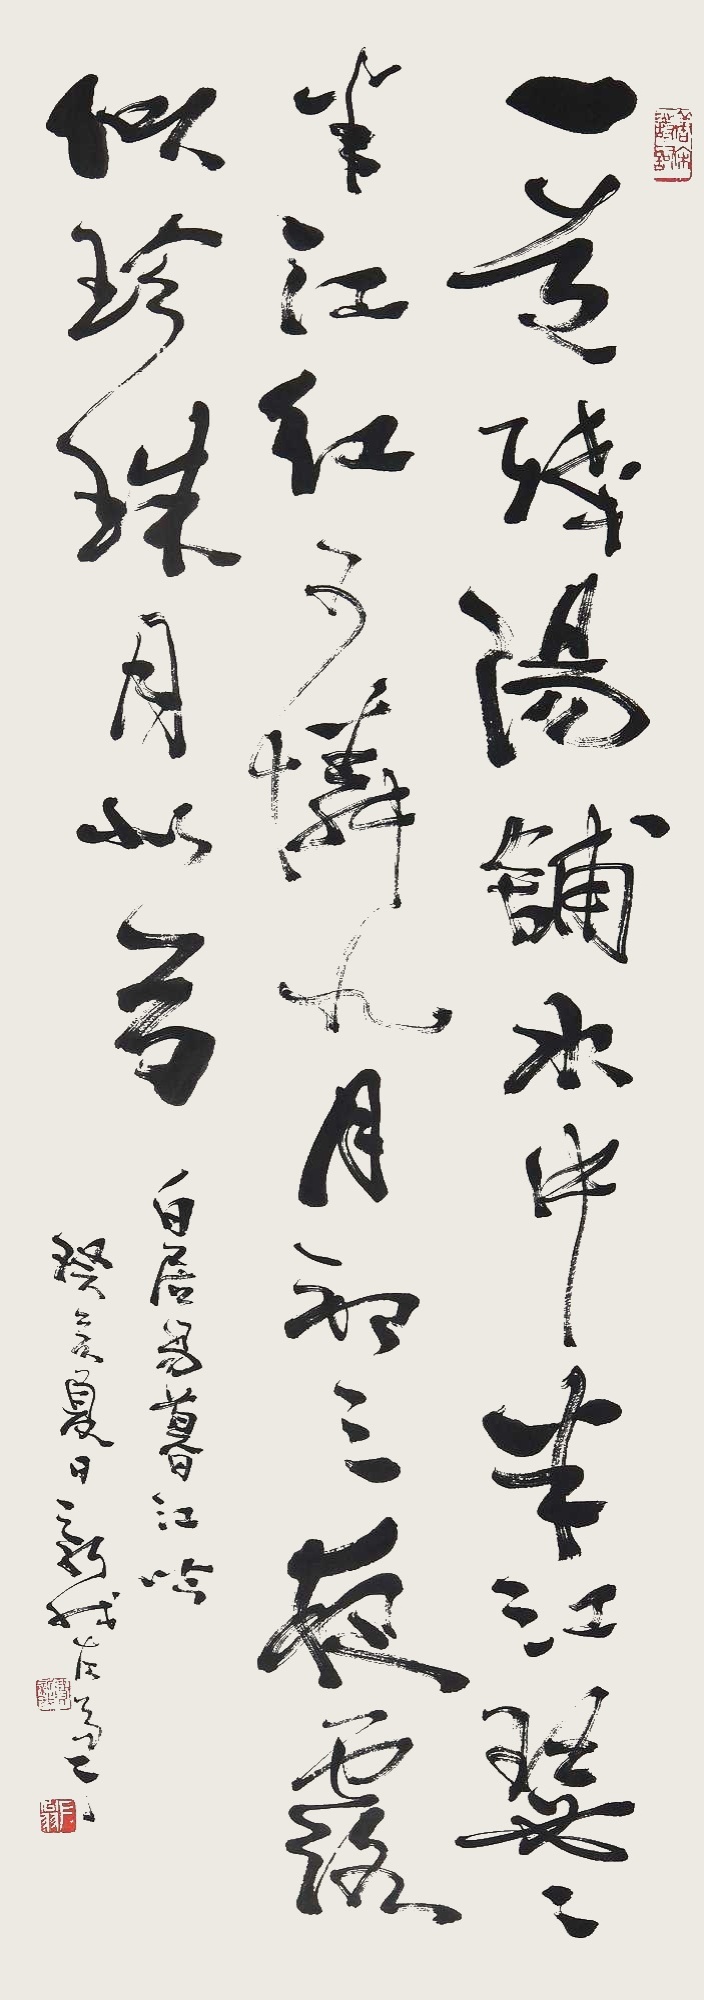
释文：一道残阳铺水中，半江瑟瑟半江红。可怜九月初三夜，露似珍珠月似弓。白居易《暮江吟》。癸亥夏日，新我左笔。